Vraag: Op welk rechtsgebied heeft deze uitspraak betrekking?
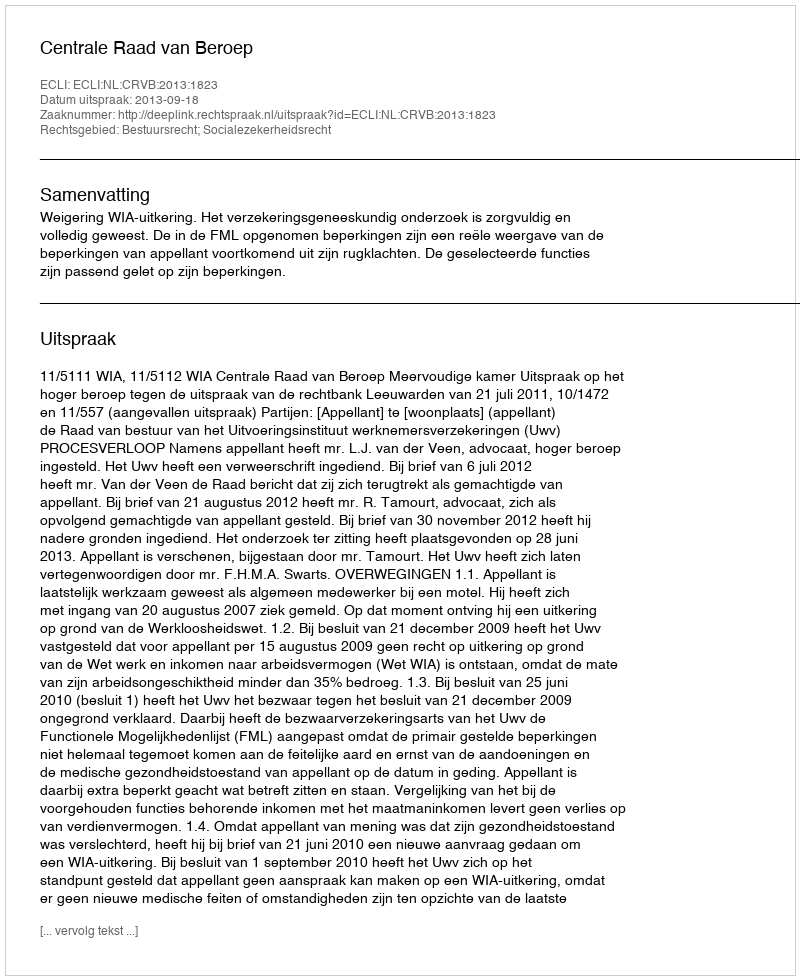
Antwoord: Bestuursrecht; Socialezekerheidsrecht